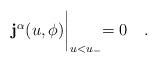
LaTeX: \begin{align*}{\bf j^{\alpha}}(u,\phi)\biggl|_{u<u_-}=0\quad .\end{align*}